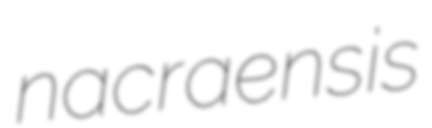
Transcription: nacraensis